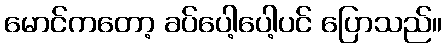
မောင်ကတော့ ခပ်ပေါ့ပေါ့ပင် ပြောသည်။